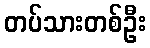
တပ်သားတစ်ဦး